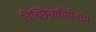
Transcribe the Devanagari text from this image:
विच्छिन्नाभिषेकम्